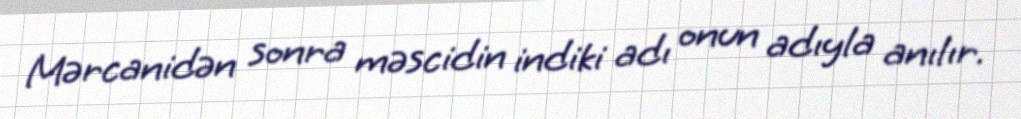
Mərcanidən sonra məscidin indiki adı onun adıyla anılır.